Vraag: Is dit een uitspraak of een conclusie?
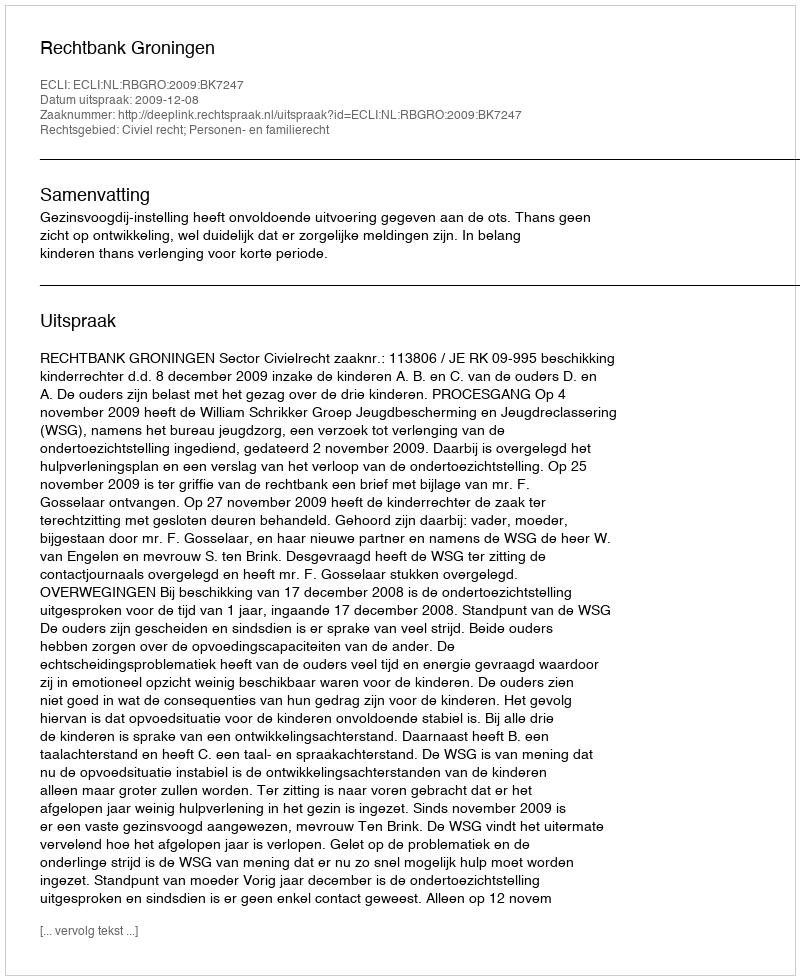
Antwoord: Uitspraak